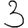
Digit: 3